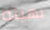
بهيئة